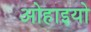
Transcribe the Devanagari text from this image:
ओहाइयो